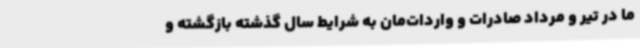
ما در تیر و مرداد صادرات و واردات‌مان به شرایط سال گذشته بازگشته و